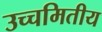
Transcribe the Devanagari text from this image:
उच्चमितीय